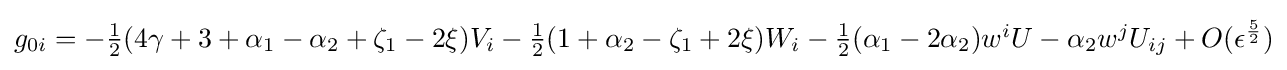
g_{0i}=-\textstyle {\frac {1}{2}}(4\gamma +3+\alpha _{1}-\alpha _{2}+\zeta _{1}-2\xi )V_{i}-\textstyle {\frac {1}{2}}(1+\alpha _{2}-\zeta _{1}+2\xi )W_{i}-\textstyle {\frac {1}{2}}(\alpha _{1}-2\alpha _{2})w^{i}U-\alpha _{2}w^{j}U_{ij}+O(\epsilon ^{\frac {5}{2}})